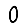
Digit: 0